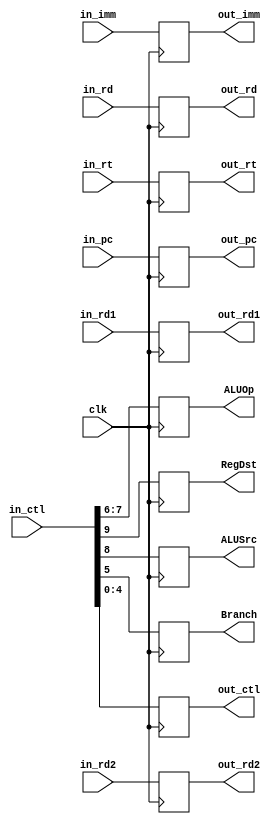

module ID_EX( clk, in_ctl, RegDst, ALUSrc, ALUOp, Branch, out_ctl, in_rt, in_rd, in_imm, in_pc, 
				  in_rd1, in_rd2, out_rt, out_rd, out_imm, out_pc, out_rd1, out_rd2 );
	input clk ;
	input [9:0] in_ctl ;
	input [4:0] in_rt, in_rd ;
	input [31:0] in_imm, in_pc, in_rd1, in_rd2 ;

	output [31:0] out_imm, out_pc, out_rd1, out_rd2 ;
	output [4:0] out_rt, out_rd;
	output [4:0] out_ctl ; 
	output [1:0] ALUOp ;	
	output RegDst, ALUSrc, Branch;
	

	reg [31:0] out_imm, out_pc, out_rd1, out_rd2 ;
	reg [4:0] out_rt, out_rd ;
	reg [4:0] out_ctl ; 	
	reg [1:0] ALUOp ;
	reg RegDst, ALUSrc, Branch ;

	initial begin
		RegDst = 1'b0 ;
		ALUSrc = 1'b0 ;
		ALUOp = 2'b0 ;
		Branch = 1'b0 ;
		out_ctl = 5'b0 ;
		out_rt = 5'b0 ;
		out_rd = 5'b0;
		out_imm = 32'b0 ;
		out_pc = 32'b0 ;
		out_rd1 = 32'b0 ;
		out_rd2 = 32'b0;
	end

	
	always @( posedge clk ) begin
		RegDst = in_ctl[9] ;
		ALUSrc = in_ctl[8] ;
		ALUOp = {in_ctl[7], in_ctl[6]} ;
		Branch = in_ctl[5] ;
		out_ctl = in_ctl[4:0] ;
		out_rt = in_rt ;
		out_rd = in_rd ;
		out_imm = in_imm ;
		out_pc = in_pc ;
		out_rd1 = in_rd1 ;
		out_rd2 = in_rd2;
	end
	
endmodule